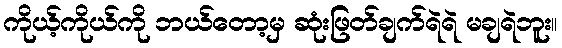
ကိုယ့်ကိုယ်ကို ဘယ်တော့မှ ဆုံးဖြတ်ချက်ရဲရဲ မချရဲဘူး။